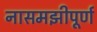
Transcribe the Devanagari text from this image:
नासमझीपूर्ण